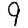
Digit: 9